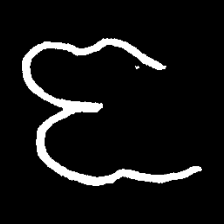
Pyu character \u2014 Myanmar letter: ဇ (romanized: ja)